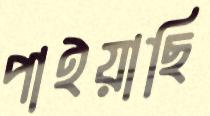
পাইয়াছি